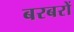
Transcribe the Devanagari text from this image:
बरबरों